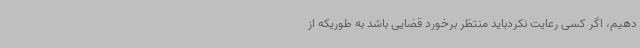
دهیم، اگر کسی رعایت نکردباید منتظر برخورد قضایی باشد به طوریکه از